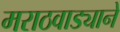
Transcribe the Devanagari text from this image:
मराठवाड्याने